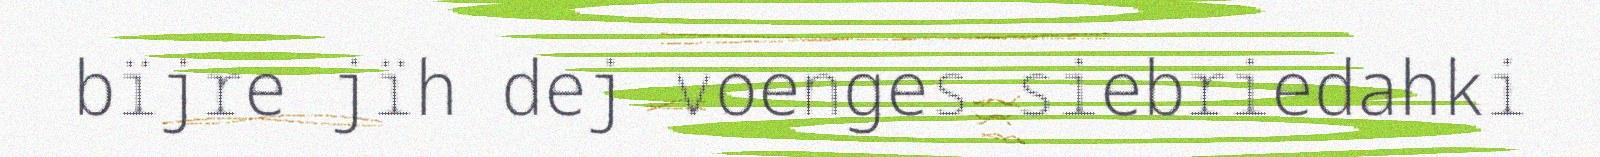
bïjre jïh dej voenges siebriedahki